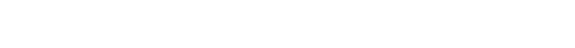
အကြောင်းပြုကာ မီးရှူးမီးပန်းလွှတ်တာ၊ဗြောက်အိုးဖောက်တာ၊ရှူးဒိုင်းတွေဖောက်တာကြောင့်အများပြည်သူ